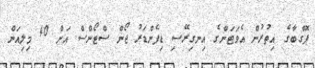
ޕޮގްބާގެ އިތުރުން އެވަޓަންގެ އިނގިރޭސި ޑިފެންޑަރު ޖޯން ސްޓޯންސް އަށް 40 މިލިއަން